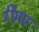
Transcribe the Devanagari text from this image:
रीमार